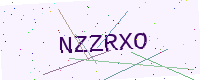
Text: NZZRXO